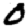
Digit: 0